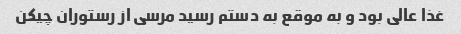
غذا عالی بود و به موقع به دستم رسید مرسی از رستوران چیکن